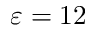
\varepsilon = 1 2